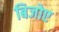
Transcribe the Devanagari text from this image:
बिजोए